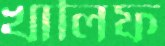
খালিফ